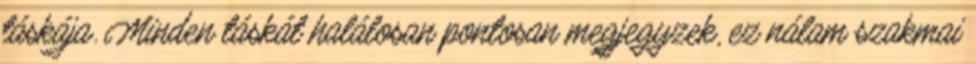
táskája. Minden táskát halálosan pontosan megjegyzek, ez nálam szakmai